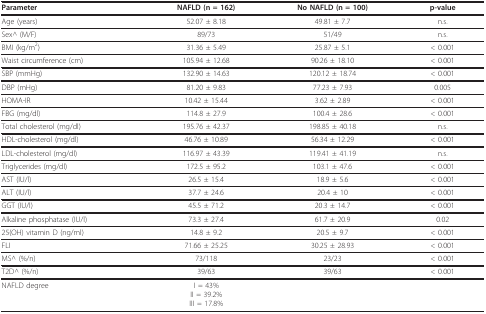
| Parameter | NAFLD (n = 162) | No NAFLD (n = 100) | p-value |
 | --- | --- | --- | --- |
 | Age (years) | 52.07 ± 8.18 | 49.81 ± 7.7 | n.s. |
 | Sex^ (M/F) | 89/73 | 51/49 | n.s. |
 | BMI (kg/m2) | 31.36 ± 5.49 | 25.87 ± 5.1 | < 0.001 |
 | Waist circumference (cm) | 105.94 ± 12.68 | 90.26 ± 18.10 | < 0.001 |
 | SBP (mmHg) | 132.90 ± 14.63 | 120.12 ± 18.74 | < 0.001 |
 | DBP (mHg) | 81.20 ± 9.83 | 77.23 ± 7.93 | 0.005 |
 | HOMA-IR | 10.42 ± 15.44 | 3.62 ± 2.89 | < 0.001 |
 | FBG (mg/dl) | 114.8 ± 27.9 | 100.4 ± 28.6 | < 0.001 |
 | Total cholesterol (mg/dl) | 195.76 ± 42.37 | 198.85 ± 40.18 | n.s. |
 | HDL-cholesterol (mg/dl) | 46.76 ± 10.89 | 56.34 ± 12.29 | < 0.001 |
 | LDL-cholesterol (mg/dl) | 116.97 ± 43.39 | 119.41 ± 41.19 | n.s. |
 | Triglycerides (mg/dl) | 172.5 ± 95.2 | 103.1 ± 47.6 | < 0.001 |
 | AST (IU/l) | 26.5 ± 15.4 | 18.9 ± 5.6 | < 0.001 |
 | ALT (IU/l) | 37.7 ± 24.6 | 20.4 ± 10 | < 0.001 |
 | GGT (IU/l) | 45.5 ± 71.2 | 20.3 ± 14.7 | < 0.001 |
 | Alkaline phosphatase (IU/l) | 73.3 ± 27.4 | 61.7 ± 20.9 | 0.02 |
 | 25(OH) vitamin D (ng/ml) | 14.8 ± 9.2 | 20.5 ± 9.7 | < 0.001 |
 | FLI | 71.66 ± 25.25 | 30.25 ± 28.93 | < 0.001 |
 | MS^ (%/n) | 73/118 | 23/23 | < 0.001 |
 | T2D^ (%/n) | 39/63 | 39/63 | < 0.001 |
 | NAFLD degree | I = 43%II = 39.2%III = 17.8% |  |  |